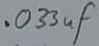
Text: .033µF